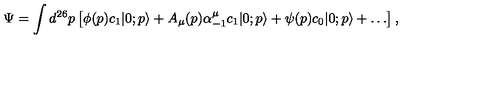
\Psi = \int d ^ { 2 6 } p \left[ \phi ( p ) c _ { 1 } | 0 ; p \rangle + A _ { \mu } ( p ) \alpha _ { - 1 } ^ { \mu } c _ { 1 } | 0 ; p \rangle + \psi ( p ) c _ { 0 } | 0 ; p \rangle + \ldots \right] ,